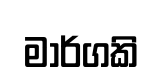
මාර්ගකි